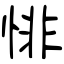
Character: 悱